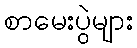
စာမေးပွဲများ